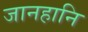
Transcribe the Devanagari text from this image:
जानहानि